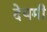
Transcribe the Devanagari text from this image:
देघमी